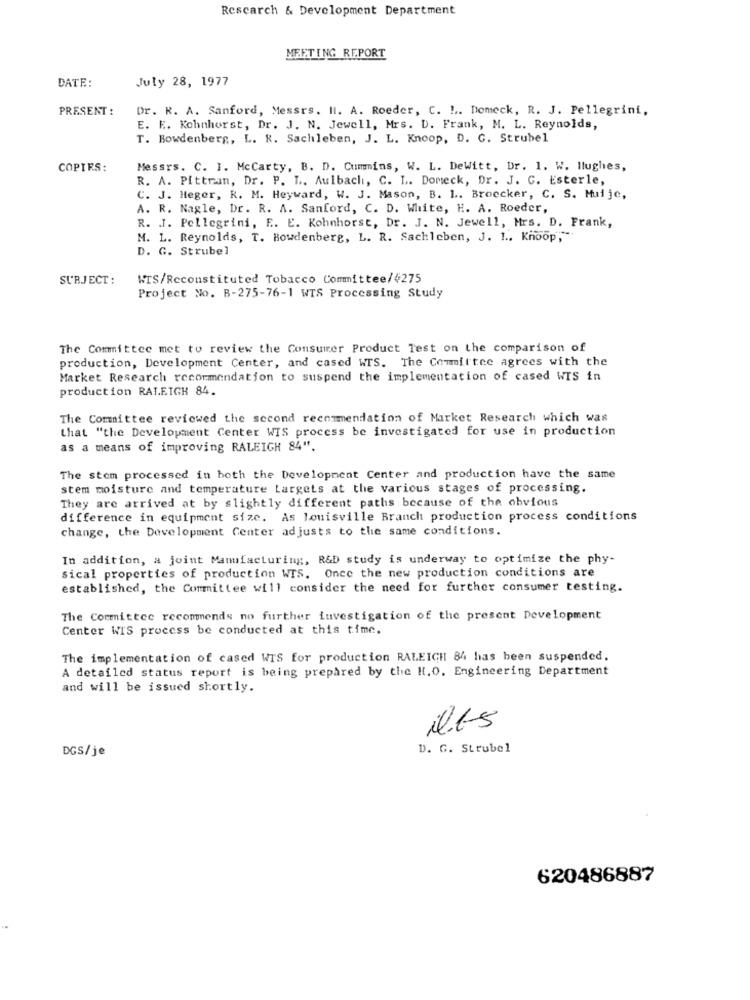
Research & Development Department
MEETING REPORT
DATE:
July 28, 1977
PRESENT :
Dr. K. A. Sanford, Messrs. Il. A. Roeder, C. !.. Domeck, R. J. Pellegrini,
E. K. Kohnhorst, Dr. J. N. Jewell, Mrs. D. Frank, M. L. Reynolds,
T. Bowdenberg, L. R. Sachleben, J. L. Knoop, D. C. Strubel
COPIES:
Messrs. C. I. McCarty, B. D. Cummins, W. L. DeWitt, Dr. 1. W. Ilughes,
R. A. Pittran, Dr. P. I .. Aulbach, C. L. Domeck, Dr. J. C. Esterle,
C. J. Heger, R. M. Heyward, W. J. Mason, B. 1 .. Broecker, C. S. Muije,
A. R. Nagle, Dr. R. A. Sanford, C. D. White, H. A. Roeder,
R. J. Pellegrini, E. E. Kohnhorst, Dr. J. N. Jewell, Mrs. D. Frank,
M. L. Reynolds, T. Bowdenberg, L. R. Sachleben, J. 1 .. Knoop,"
D. G. Strubel
SUBJECT :
WTS/Reconstituted Tobacco Committee/4275
Project No. B-275-76-1 WTS Processing Study
The Committee met to review the Consumer Product Test on the comparison of
production, Development Center, and cased WTS. The Committee agrees with the
Market Research recommendation to suspend the implementation of cased WIS in
production RALEIGH 84.
The Committee reviewed the second recommendation of Market Research which was
that "the Development Center WIS process be investigated for use in production
as a means of improving RALEIGH 84".
The stem processed in both the Development Center and production have the same
stem moisture and temperature Largets at the various stages of processing.
They are arrived at by slightly different paths because of the obvious
difference in equipment size. As louisville Branch production process conditions
change, the Development Center adjusts to the same conditions.
In addition, a joint Manufacturing, R&D study is underway to optimize the phy-
sical properties of production WTS. Once the new production conditions are
established, the Committee will consider the need for further consumer testing.
The Committee recommends no further investigation of the present Development
Center WIS process be conducted at this time.
The implementation of cased WIS for production RALEIGH 84 has been suspended.
A detailed status report is being prepared by the H.O. Engineering Department
and will be issued shortly.
ilts
DGS/je
D. G. Strubel
620486887